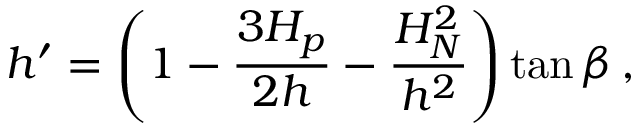
h ^ { \prime } = \left( 1 - \frac { 3 H _ { p } } { 2 h } - \frac { H _ { N } ^ { 2 } } { h ^ { 2 } } \right) \tan \beta \, ,